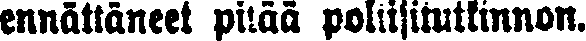
ennättäneet pitää poliisitutkinnon.